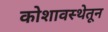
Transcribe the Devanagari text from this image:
कोशावस्थेतून